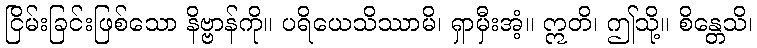
ငြိမ်းခြင်းဖြစ်သော နိဗ္ဗာန်ကို။ ပရိယေသိဿာမိ၊ ရှာမှီးအံ့။ ဣတိ၊ ဤသို့။ စိန္တေသိ၊